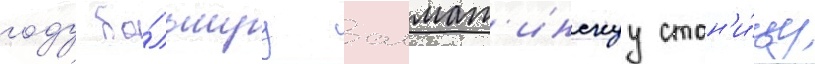
году бо́льшуу алмат'инскуу стан'и́цу